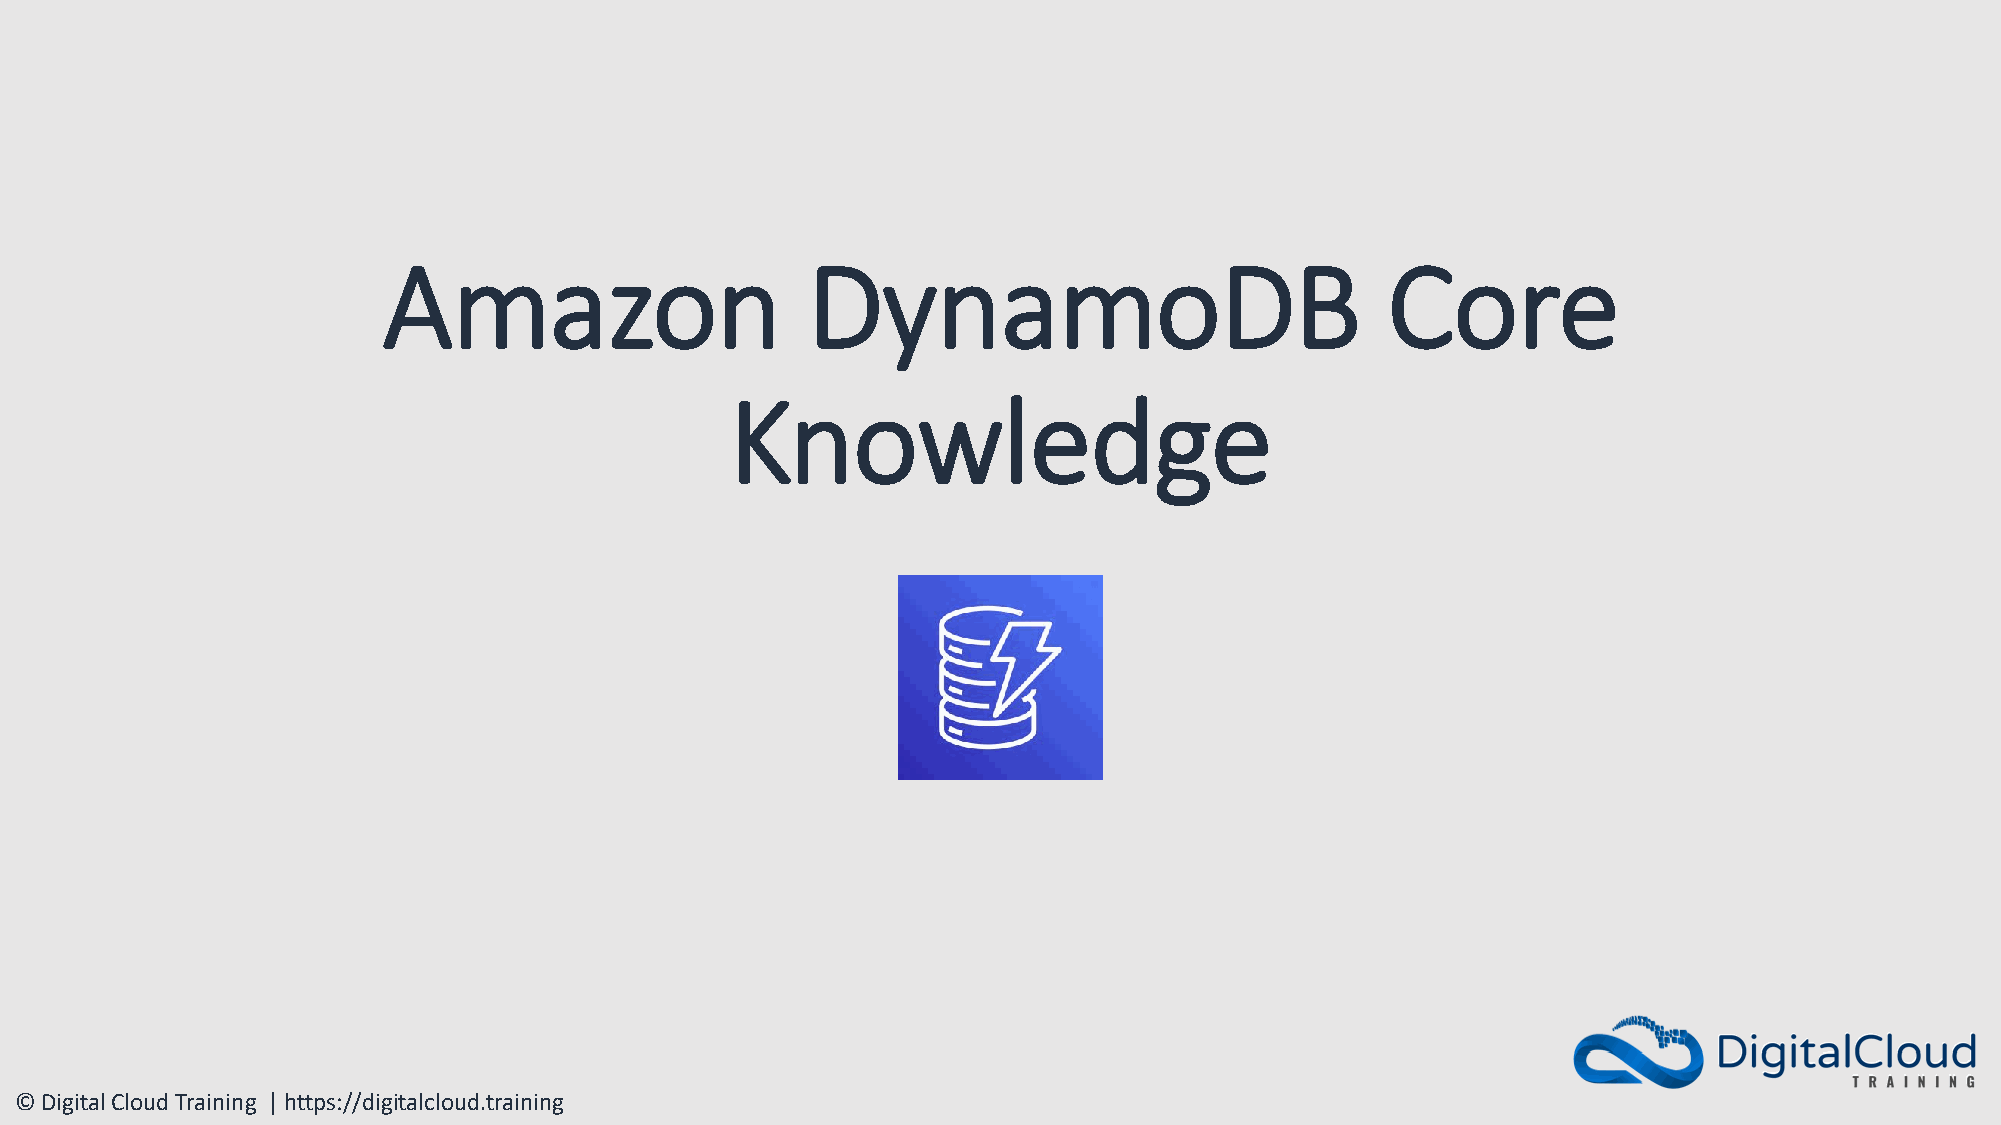
Amazon                      DynamoDB                               Core
 Knowledge
 © Digital Cloud Training | https://digitalcloud.training